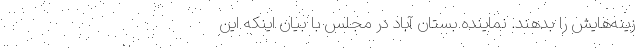
زینه‌هایش را بدهند. نماینده بستان آباد در مجلس با بیان اینکه این